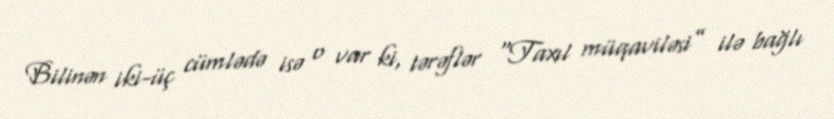
Bilinən iki-üç cümlədə isə o var ki, tərəflər “Taxıl müqaviləsi” ilə bağlı